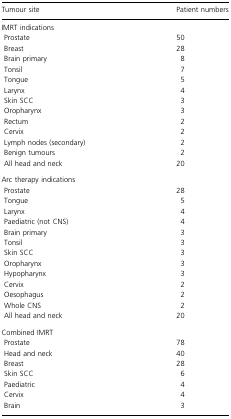
| Tumour site | Patient numbers |
 | --- | --- |
 | <COLSPAN=2> IMRT indications |
 | Prostate | 50 |
 | Breast | 28 |
 | Brain primary | 8 |
 | Tonsil | 7 |
 | Tongue | 5 |
 | Larynx | 4 |
 | Skin SCC | 3 |
 | Oropharynx | 3 |
 | Rectum | 2 |
 | Cervix | 2 |
 | Lymph nodes (secondary) | 2 |
 | Benign tumours | 2 |
 | All head and neck | 20 |
 | <COLSPAN=2> Arc therapy indications |
 | Prostate | 28 |
 | Tongue | 5 |
 | Larynx | 4 |
 | Paediatric (not CNS) | 4 |
 | Brain primary | 3 |
 | Tonsil | 3 |
 | Skin SCC | 3 |
 | Oropharynx | 3 |
 | Hypopharynx | 3 |
 | Cervix | 2 |
 | Oesophagus | 2 |
 | Whole CNS | 2 |
 | All head and neck | 20 |
 | <COLSPAN=2> Combined IMRT |
 | Prostate | 78 |
 | Head and neck | 40 |
 | Breast | 28 |
 | Skin SCC | 6 |
 | Paediatric | 4 |
 | Cervix | 4 |
 | Brain | 3 |